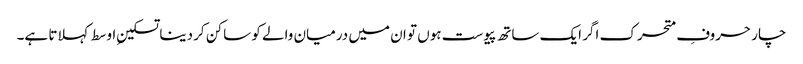
چار حروفِ متحرک اگر ایک ساتھ پیوست ہوں تو ان میں درمیان والے کو ساکن کر دینا تسکینِ اوسط کہلاتا ہے۔